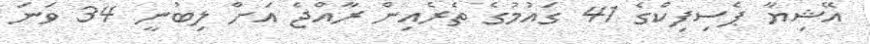
އޭޝިޔާ ޕެސިފިކްގެ 41 ގައުމުގެ ތެރެއިން ރާއްޖެ އަށް ލިބުނީ 34 ވަނަ